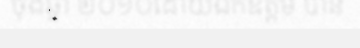
ចុងឆ្នាំ ២០១០ដោយឯកឧត្តម បាន